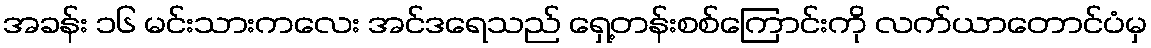
အခန်း ၁၆ မင်းသားကလေး အင်ဒရေသည် ရှေ့တန်းစစ်ကြောင်းကို လက်ယာတောင်ပံမှ